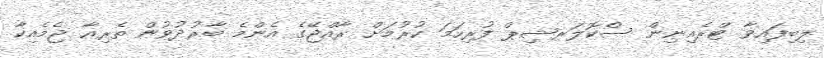
ލިބިފައިވާ ޓްރެއިިނިން ސްކޮލަރޝިޕް ފުރިހަމަ ކުރުމަށް ރާއްޖޭގެ އެންމެ ބާރުދުވުން ތެރިއާ ޖެމެއިކާ